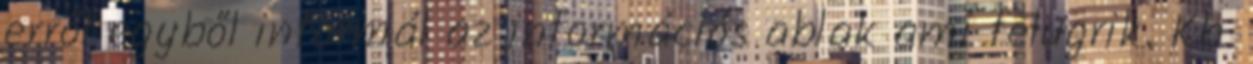
erről egyből informál az információs ablak ami felugrik. Kb.